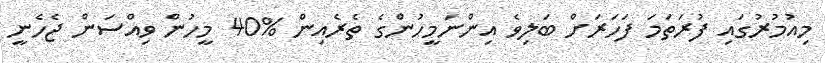
މިއުމުރުގައި ފުރަތަމަ ފަހަރަށް ބަލިވެ އިންނަމީހުންގެ ތެރެއިން %40 މީހުން ވިއްސަން ޖެހެނީ